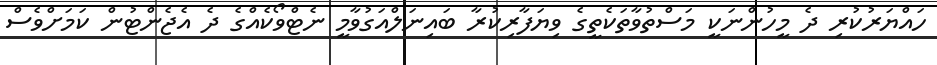
ހައްޔަރުކުރި ދެ މީހުންނަކީ މަސްތުވާތަކެތީގެ ވިޔަފާރިކުރާ ބައިނަލްއަގުވާމީ ނެޓްވޯކެއްގެ ދެ އެޖެންޓުން ކަމަށްވެސް